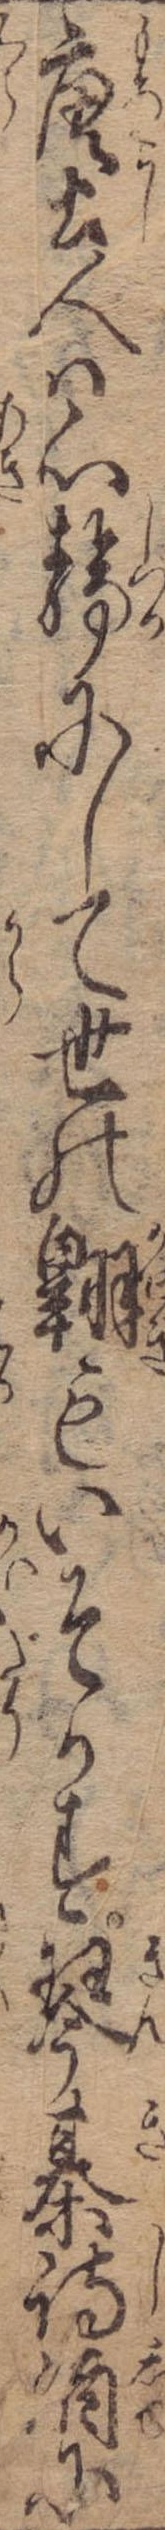
唐土人は心静にして世の翺もいそかす琴棊詩酒に